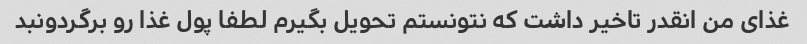
غذای من انقدر تاخیر داشت که نتونستم تحویل بگیرم لطفا پول غذا رو برگردونبد